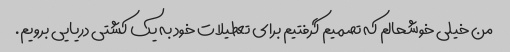
من خیلی خوشحالم که تصمیم گرفتیم برای تعطیلات خود به یک کشتی دریایی برویم.